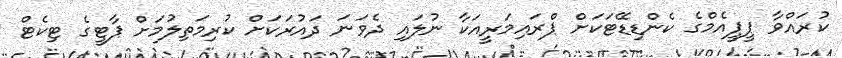
ކުރައްވާ ޕީޕީއެމްގެ ކެންޑިޑޭޓަކަށް ޕްރައިމަރީއަކާ ނުލައި ދެވަނަ ދައުރަކަށް ކުރިމަތިލުމަށް ޕާޓީގެ ޓިކެޓް